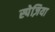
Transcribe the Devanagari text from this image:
स्पेज़िया